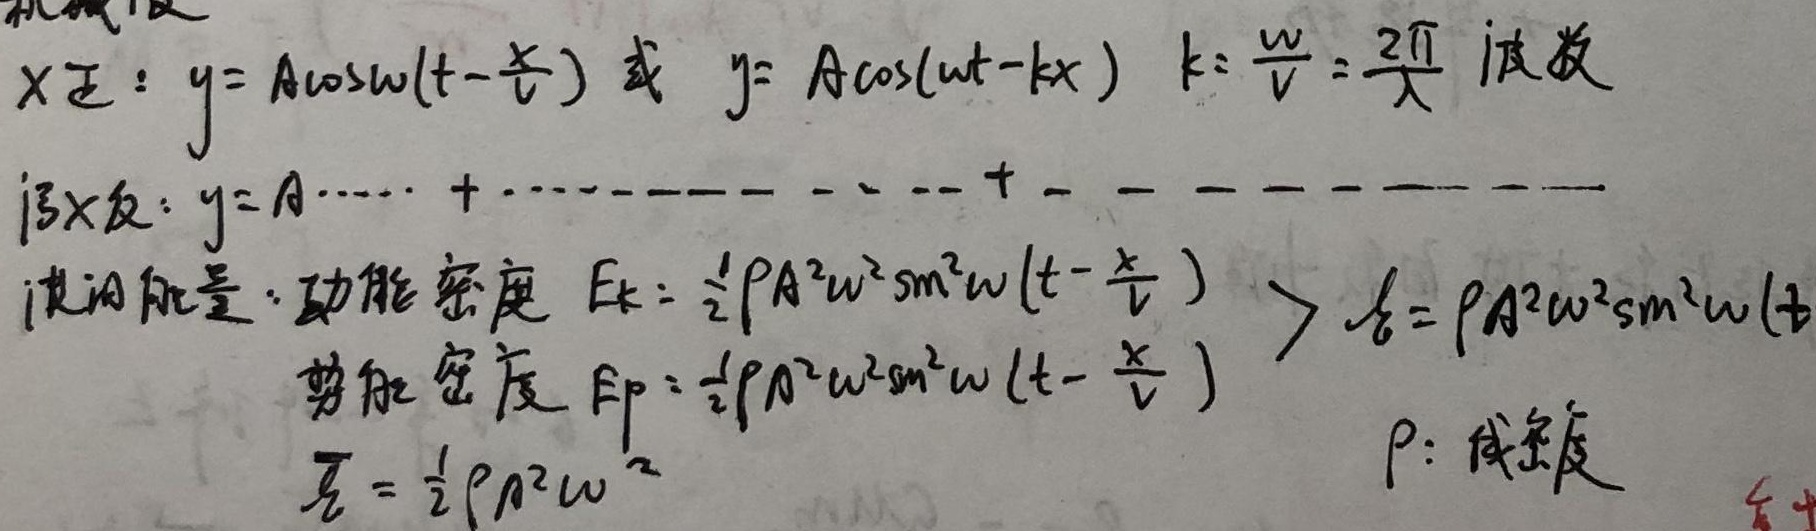
机械波

沿\(x\)正方向传播的波：
\[
\begin{align*}
y&=A\cos\omega\left(t - \frac{x}{v}\right)\text{ 或 }y = A\cos(\omega t - kx)\\
k&=\frac{\omega}{v}=\frac{2\pi}{\lambda}\text{ （波数）}
\end{align*}
\]

沿\(x\)反方向传播的波：\(y = A\cdots + \cdots\)

波的能量：
 - 动能密度 \(E_{k}=\frac{1}{2}\rho A^{2}\omega^{2}\sin^{2}\omega\left(t - \frac{x}{v}\right)\)
 - 势能密度 \(E_{p}=\frac{1}{2}\rho A^{2}\omega^{2}\sin^{2}\omega\left(t - \frac{x}{v}\right)\)
 - 平均能量密度 \(\overline{E}=\frac{1}{2}\rho A^{2}\omega^{2}\)
 - 能量密度 \(\varepsilon=\rho A^{2}\omega^{2}\sin^{2}\omega\left(t - \frac{x}{v}\right)\)

其中\(\rho\)为线密度。